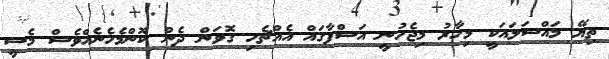
ތިޔޭ މައްސަލައަކީ މިހާރު މިޖެހުނީ އަސްފާގައް އެއްޗެހި ގޮވަން ދެން ކޮންމެހެނެއްވެސް މެސީ